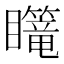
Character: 𪿄